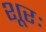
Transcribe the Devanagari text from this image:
शूरः